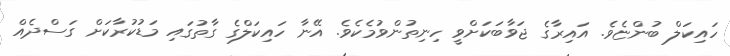
ހައިކަލް ބުންޏެވެ. އައިރާގެ ޖަވާބަކަށްވީ ހިނިތުންވުމެކެވެ. އޭނާ ހައިކަލްގެ ގާތުގައި މަޑުކުރާކަށް ގަސްދެއް